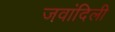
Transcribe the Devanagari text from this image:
जवांदिली